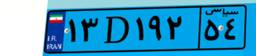
۷۴D۷۸۹۷۸